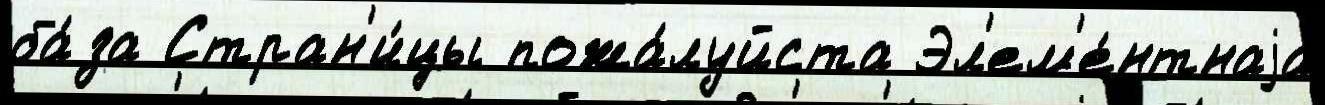
ба́за Стран'и́цы пожа́луйста Эл'ем'е́нтнаjа